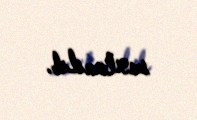
saxlanılıb.